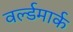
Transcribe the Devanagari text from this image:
वर्ल्डमार्क